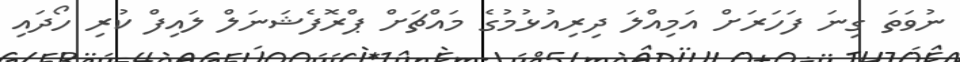
ނުވަތަ ގިނަ ފަހަރަށް އަމިއްލަ ދިރިއުޅުމުގެ މައްޗަށް ޕްރޮފެޝަނަލް ލައިފް ކުރި ހޯދައި